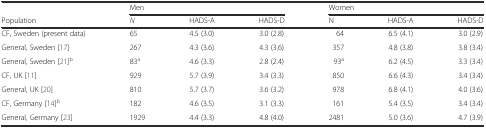
<table><thead><tr><td>[EMPTY_CELL]</td><td colspan="3"><b>Men</b></td><td colspan="3"><b>Women</b></td></tr><tr><td><b>Population</b></td><td><b><i>N</i></b></td><td><b>HADS-A</b></td><td><b>HADS-D</b></td><td><b>N</b></td><td><b>HADS-A</b></td><td><b>HADS-D</b></td></tr></thead><tbody><tr><td>CF, Sweden (present data)</td><td>65</td><td>4.5 (3.0)</td><td>3.0 (2.8)</td><td>64</td><td>6.5 (4.1)</td><td>3.0 (2.9)</td></tr><tr><td>General, Sweden [17]</td><td>267</td><td>4.3 (3.6)</td><td>4.3 (3.6)</td><td>357</td><td>4.8 (3.8)</td><td>3.8 (3.4)</td></tr><tr><td>General, Sweden [21]<sup>b</sup></td><td>83<sup>a</sup></td><td>4.6 (3.3)</td><td>2.8 (2.4)</td><td>93<sup>a</sup></td><td>6.2 (4.5)</td><td>3.3 (3.4)</td></tr><tr><td>CF, UK [11]</td><td>929</td><td>5.7 (3.9)</td><td>3.4 (3.3)</td><td>850</td><td>6.6 (4.3)</td><td>3.4 (3.4)</td></tr><tr><td>General, UK [20]</td><td>810</td><td>5.7 (3.7)</td><td>3.6 (3.2)</td><td>978</td><td>6.8 (4.1)</td><td>4.0 (3.6)</td></tr><tr><td>CF, Germany [14]<sup>b</sup></td><td>182</td><td>4.6 (3.5)</td><td>3.1 (3.3)</td><td>161</td><td>5.4 (3.5)</td><td>3.4 (3.4)</td></tr><tr><td>General, Germany [23]</td><td>1929</td><td>4.4 (3.3)</td><td>4.8 (4.0)</td><td>2481</td><td>5.0 (3.6)</td><td>4.7 (3.9)</td></tr></tbody></table>